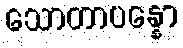
သောတာပန္နော